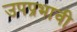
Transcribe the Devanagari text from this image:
उपप्रभावी